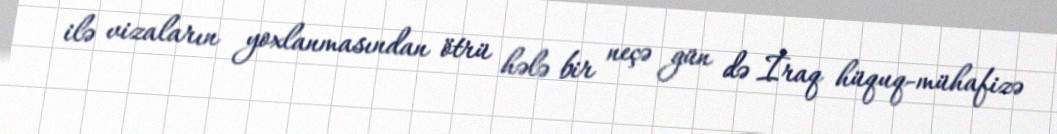
ilə vizaların yoxlanmasından ötrü hələ bir neçə gün də İraq hüquq-mühafizə